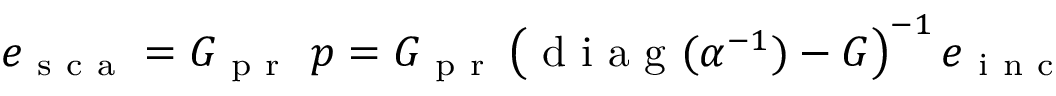
e _ { \mathrm { ~ s ~ c ~ a ~ } } = G _ { \mathrm { ~ p ~ r ~ } } ~ p = G _ { \mathrm { ~ p ~ r ~ } } \left( \mathrm { ~ d ~ i ~ a ~ g ~ } ( \alpha ^ { - 1 } ) - G \right) ^ { - 1 } e _ { \mathrm { ~ i ~ n ~ c ~ } }